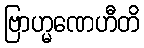
ဗြာဟ္မဏေဟီတိ